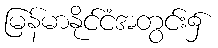
မြန်မာနိုင်ငံအတွင်း၌